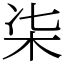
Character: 㭍